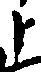
ト